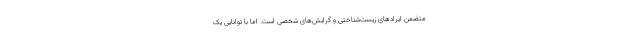
متضمن ایرادهای زیست‌شناختی و گرایش‌های شخصی است. اما با توانایی یک